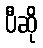
ပီဆို